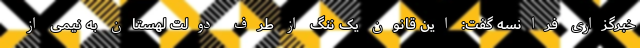
خبرگزاری فرانسه گفت: این قانون یک ننگ از طرف دولت لهستان به نیمی از